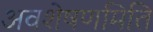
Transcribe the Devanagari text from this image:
अवशेषणमिति